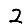
Digit: 2